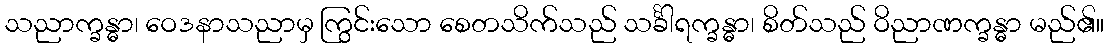
သညာက္ခန္ဓာ၊ ဝေဒနာသညာမှ ကြွင်းသော စေတသိက်သည် သင်္ခါရက္ခန္ဓာ၊ စိတ်သည် ဝိညာဏက္ခန္ဓာ မည်၏။